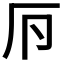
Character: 𠨳